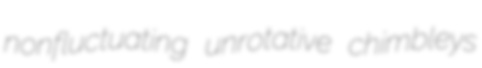
nonfluctuating unrotative chimbleys